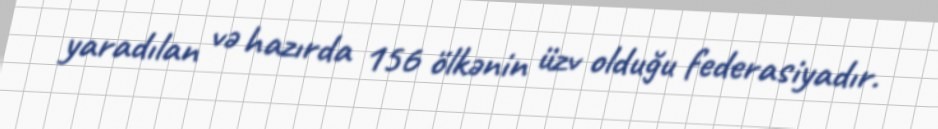
yaradılan və hazırda 156 ölkənin üzv olduğu federasiyadır.